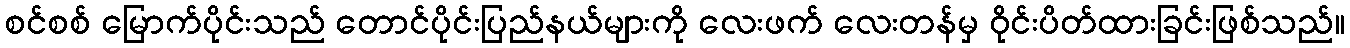
စင်စစ် မြောက်ပိုင်းသည် တောင်ပိုင်းပြည်နယ်များကို လေးဖက် လေးတန်မှ ဝိုင်းပိတ်ထားခြင်းဖြစ်သည်။